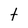
Character: t